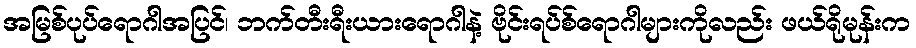
အမြစ်ပုပ်ရောဂါအပြင်၊ ဘက်တီးရီးယားရောဂါနဲ့ ဗိုင်းရပ်စ်ရောဂါများကိုလည်း ဖယ်ရိုမုန်းက